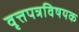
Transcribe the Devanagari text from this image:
वृत्तपत्रविषयक